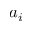
a _ { i }